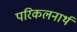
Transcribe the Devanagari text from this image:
परिकलनार्थ